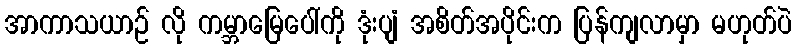
အာကာသယာဉ် လို ကမ္ဘာမြေပေါ်ကို ဒုံးပျံ အစိတ်အပိုင်းက ပြန်ကျလာမှာ မဟုတ်ပဲ